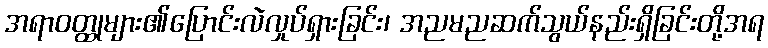
အရာဝတ္ထုများ၏ပြောင်းလဲလှုပ်ရှားခြင်း၊ အညမညဆက်သွယ်နည်းရှိခြင်းတို့အရ